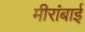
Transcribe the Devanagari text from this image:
मीरांबाई